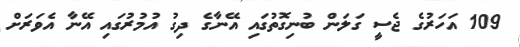
109 އަހަރުގެ ޖެސީ ގަލަން ބުނިގޮތުގައި އޭނާގެ ދިގު އުމުރުގައި އޭނާ އެވަރަށް